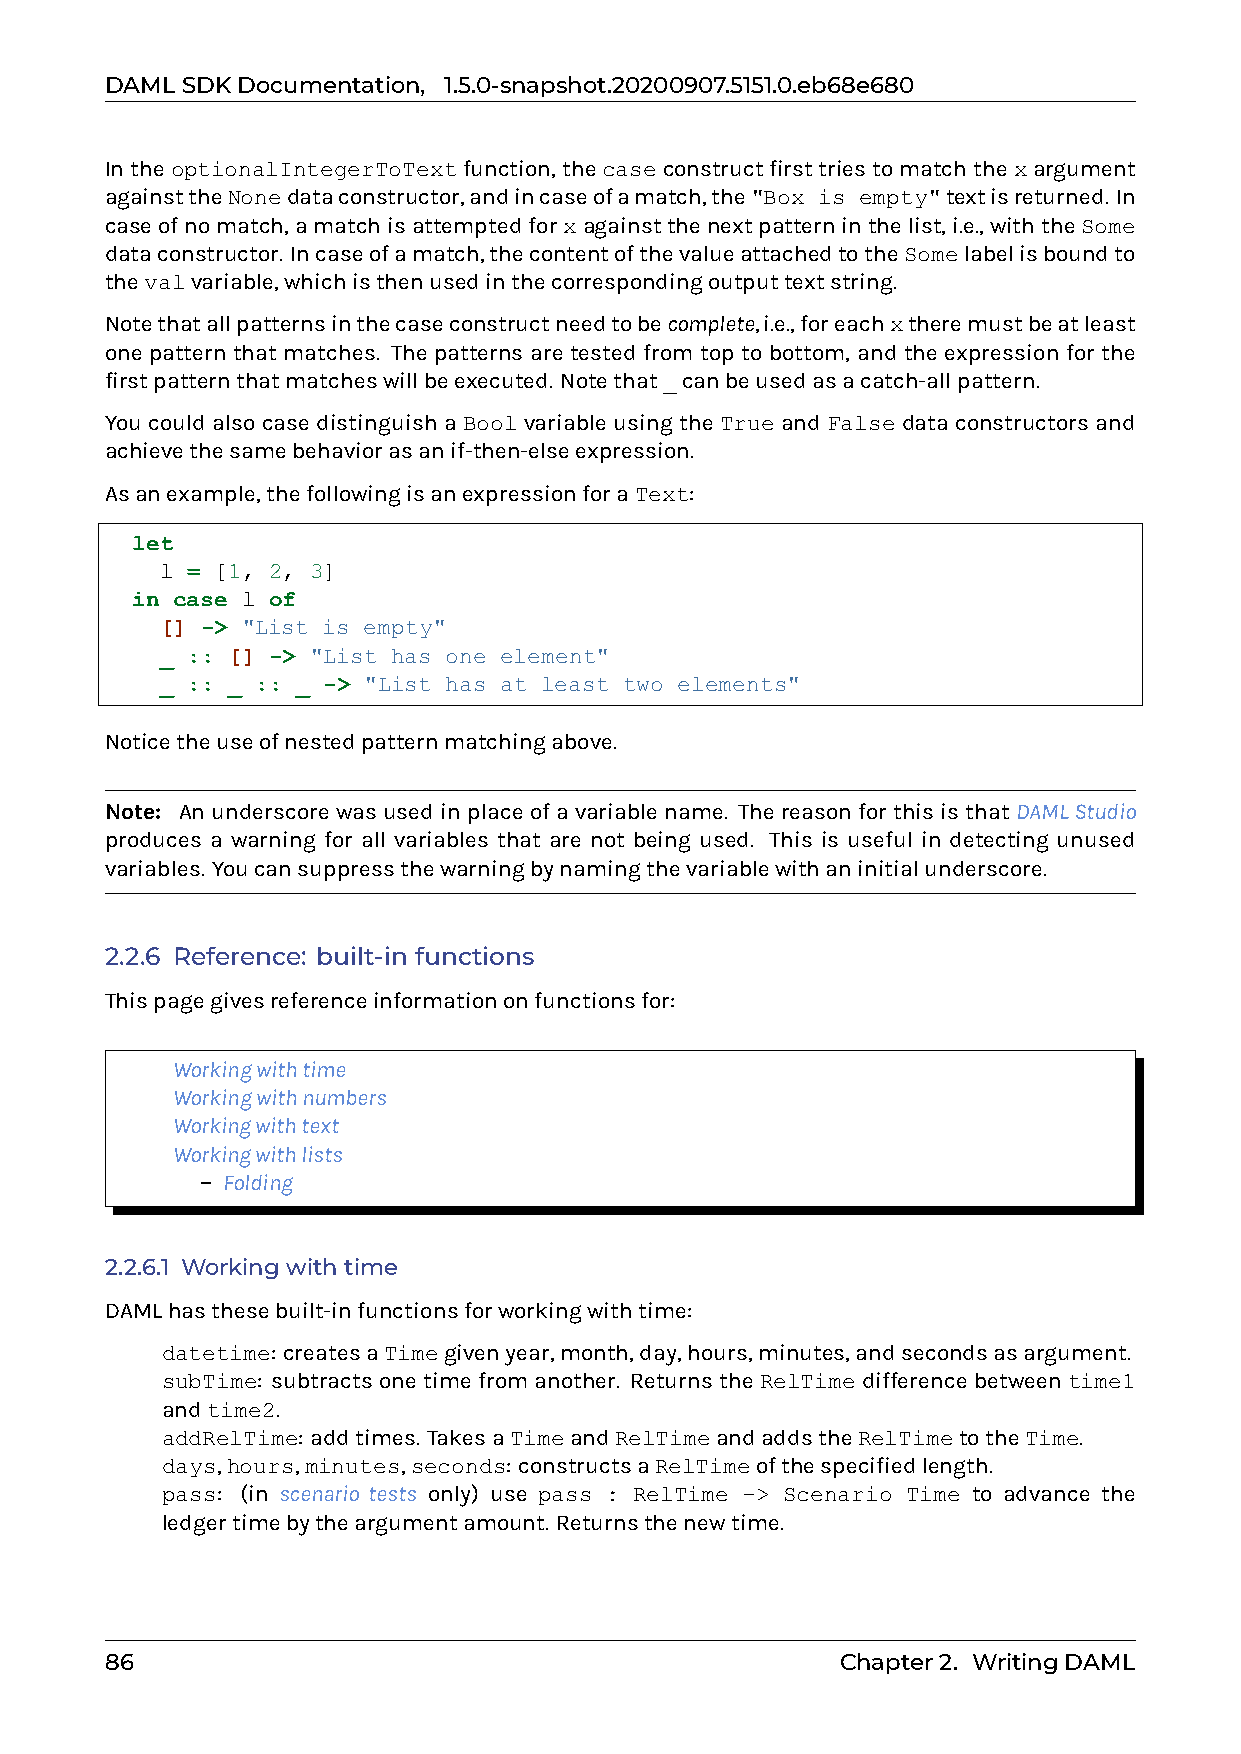
DAMLSDKDocumentation, 1.5.0-snapshot.20200907.5151.0.eb68e680
 IntheoptionalIntegerToTextfunction,thecaseconstructfirsttriestomatchthexargument
 againsttheNonedataconstructor,andincaseofamatch,the"Box is empty"textisreturned. In
 caseofnomatch,amatchisattemptedforxagainstthenextpatterninthelist,i.e.,withtheSome
 dataconstructor. Incaseofamatch,thecontentofthevalueattachedtotheSomelabelisboundto
 thevalvariable,whichisthenusedinthecorrespondingoutputtextstring.
 Notethatallpatternsinthecaseconstructneedtobecomplete,i.e.,foreachxtheremustbeatleast
 one pattern that matches. The patterns are tested from top to bottom, and the expression for the
 firstpatternthatmatcheswillbeexecuted. Notethat_canbeusedasacatch-allpattern.
 You could also case distinguish a Bool variable using the True and False data constructors and
 achievethesamebehaviorasanif-then-elseexpression.
 Asanexample,thefollowingisanexpressionforaText:
 let
 l = [1, 2, 3]
 in case l of
 [] -> "List is empty"
 _ :: [] -> "List has one element"
 _ :: _ :: _ -> "List has at least two elements"
 Noticetheuseofnestedpatternmatchingabove.
 Note: Anunderscorewasusedinplaceofavariablename. ThereasonforthisisthatDAMLStudio
 produces a warning for all variables that are not being used. This is useful in detecting unused
 variables. Youcansuppressthewarningbynamingthevariablewithaninitialunderscore.
 2.2.6 Reference: built-in functions
 Thispagegivesreferenceinformationonfunctionsfor:
 0 Workingwithtime
 0 Workingwithnumbers
 0 Workingwithtext
 0 Workingwithlists
 – Folding
 2.2.6.1 Workingwithtime
 DAMLhasthesebuilt-infunctionsforworkingwithtime:
 0 datetime: createsaTimegivenyear,month,day,hours,minutes,andsecondsasargument.
 0 subTime: subtracts one time from another. Returns the RelTime difference between time1
 andtime2.
 0 addRelTime: addtimes. TakesaTimeandRelTimeandaddstheRelTimetotheTime.
 0 days,hours,minutes,seconds: constructsaRelTimeofthespecifiedlength.
 0 pass: (in scenario tests only) use pass : RelTime -> Scenario Time to advance the
 ledgertimebytheargumentamount. Returnsthenewtime.
 86                                               Chapter2. WritingDAML